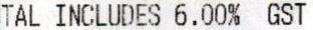
TOTAL INCLUDES 6.00% GST